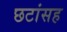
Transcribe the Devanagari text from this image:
छटांसह